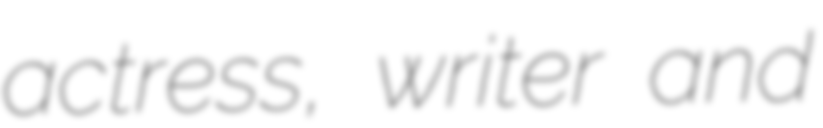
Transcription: actress, writer and